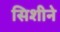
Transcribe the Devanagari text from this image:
सिशीने